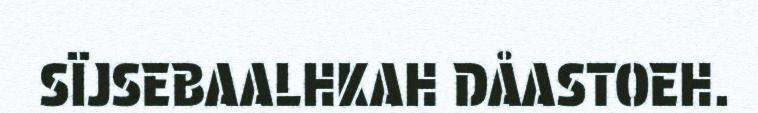
SÏJSEBAALHKAH DÅASTOEH.